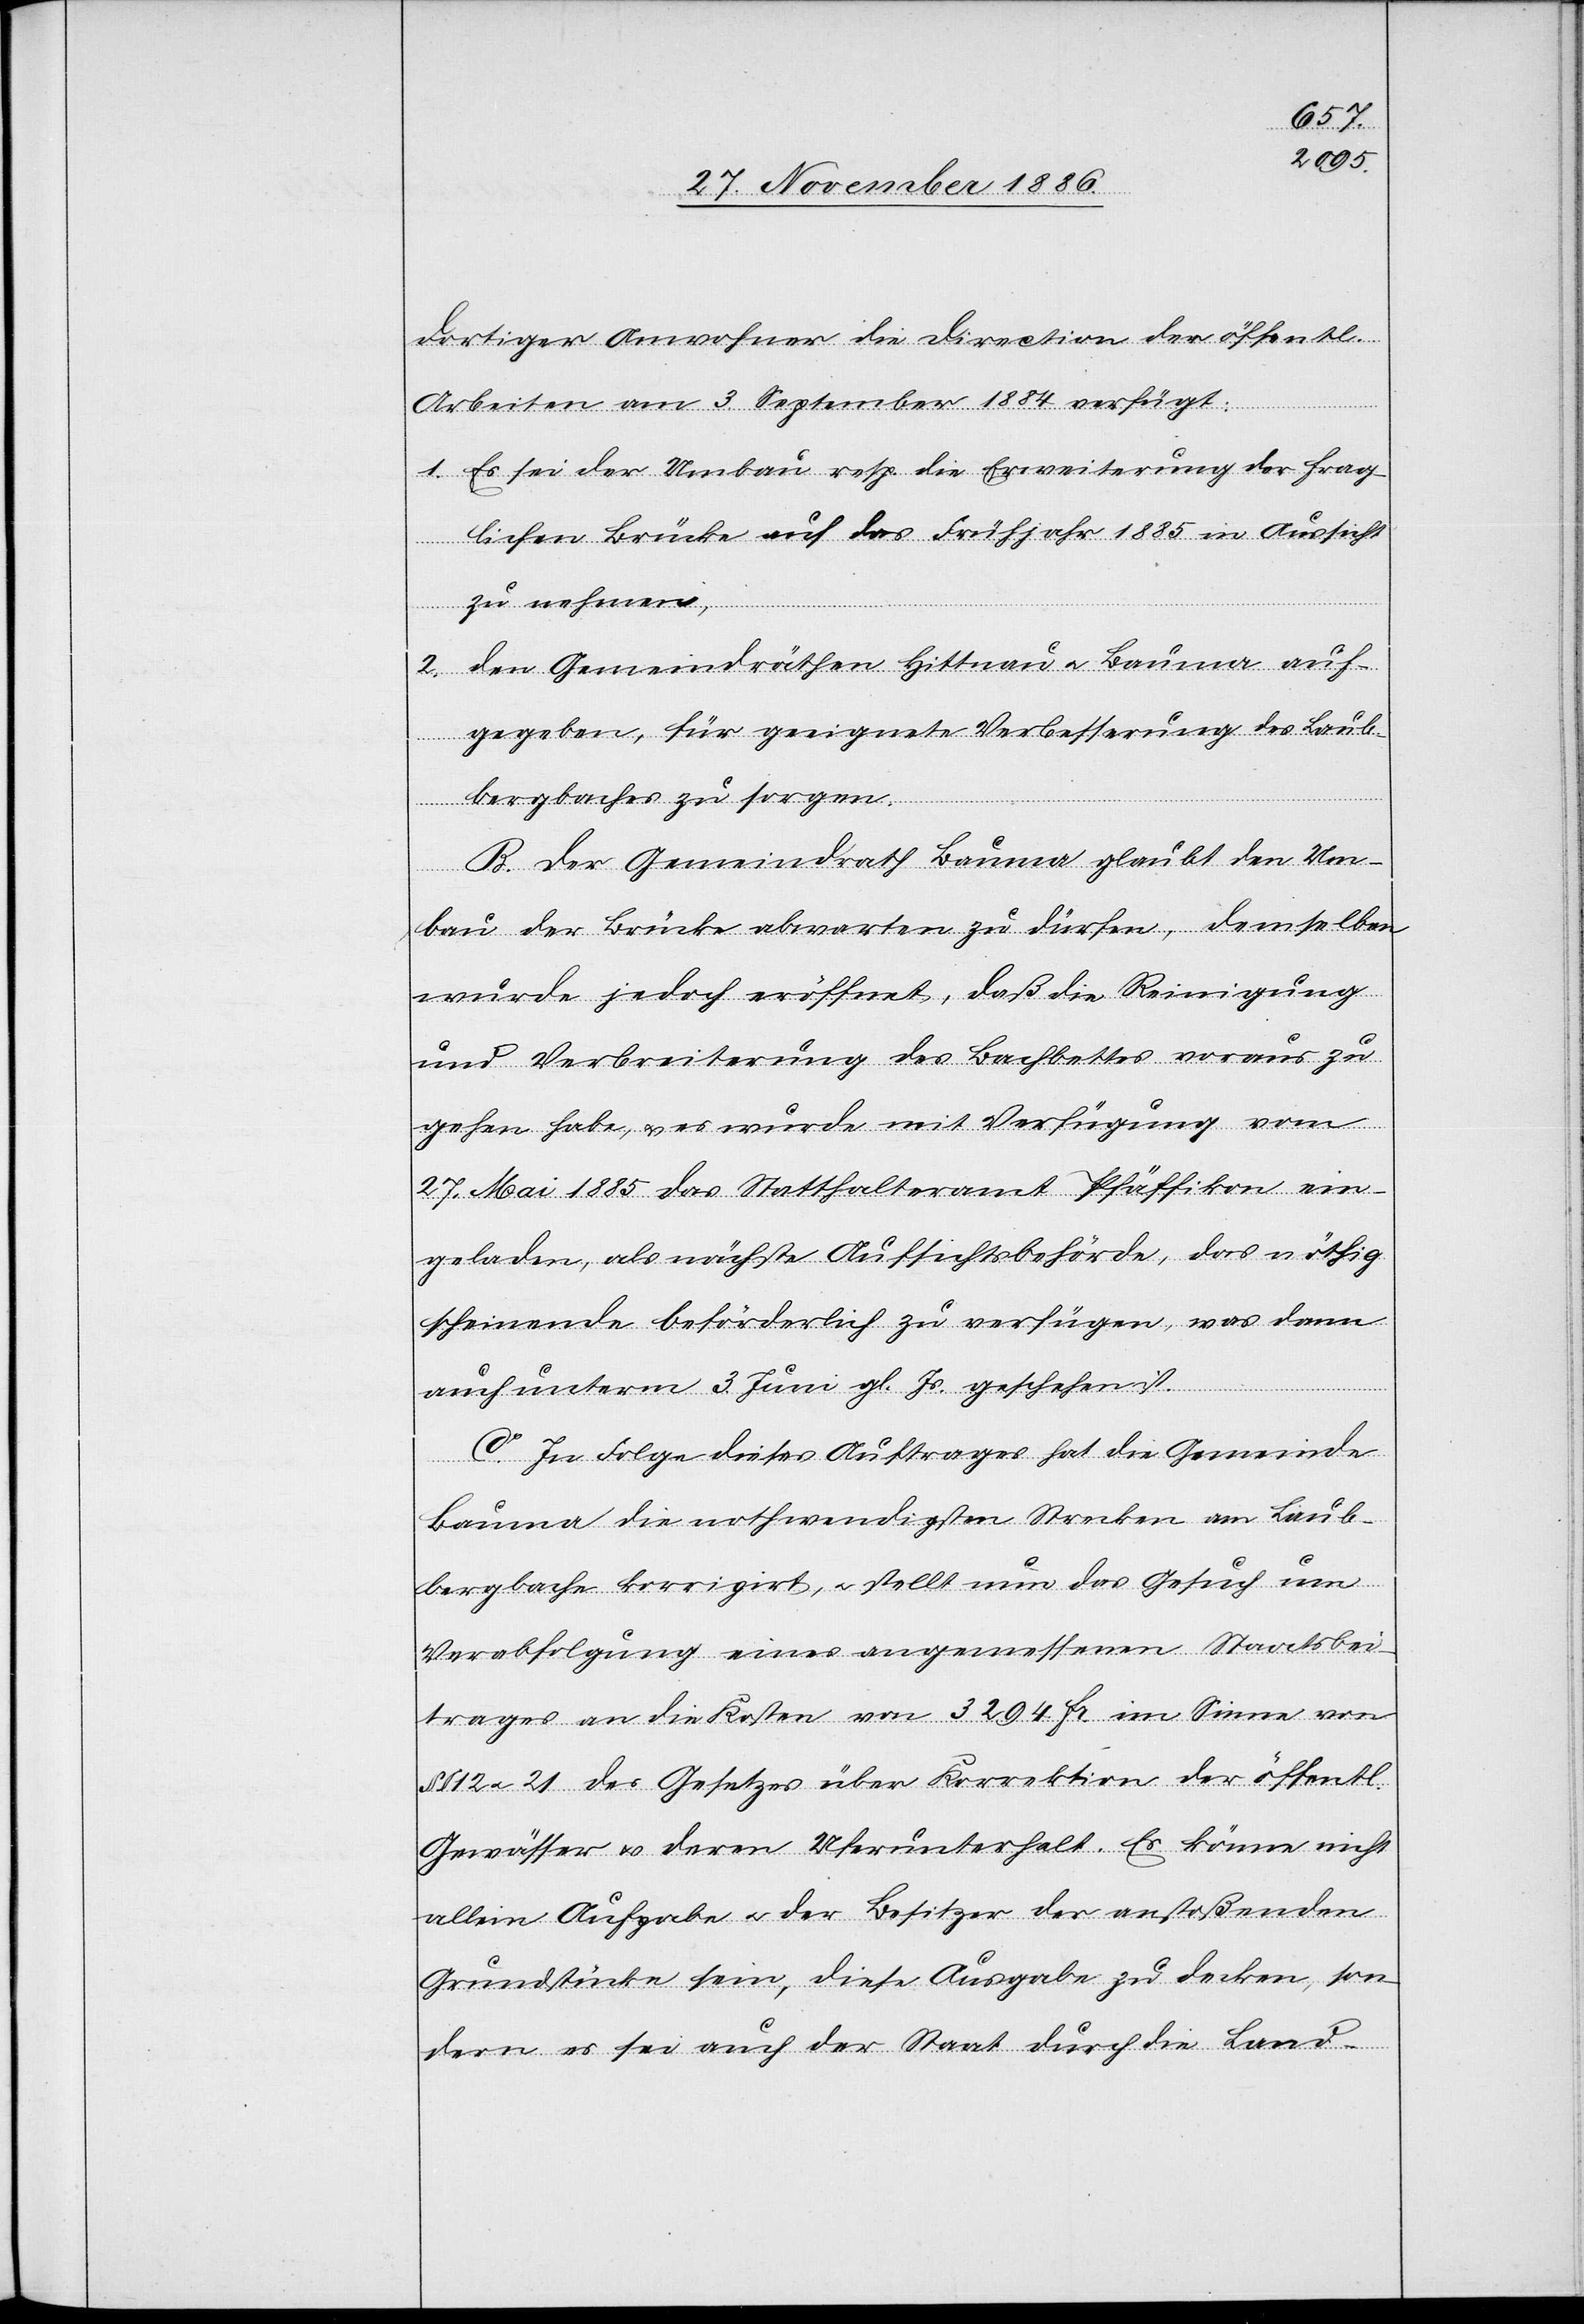
dortiger Anwohner die Direction der öffentl.
Arbeiten am 3. September 1884 verfügt
1. Es sei der Umbau resp. die Erweiterung der frag¬
lichen Brücke auf das Frühjahr 1885 in Aussicht
zu nehmen,
2. den Gemeindräthen Hittnau & Bauma auf¬
gegeben, für geeignete Verbesserung des Laub¬
bergbaches zu sorgen.
B. Der Gemeindrath Bauma glaubt den Um¬
bau der Brücke abwarten zu dürfen, demselben
wurde jedoch eröffnet, daß die Reinigung
und Verbreiterung des Bachbettes voraus zu
gehen habe, & es wurde mit Verfügung vom
27. Mai 1885 das Statthalteramt Pfäffikon ein¬
geladen, als nächste Aufsichtsbehörde, das nöthig
scheinende beförderlich zu verfügen, was dann
auch unterm 3. Juni gl. Js. geschehen ist.
C. In Folge dieses Auftrages hat die Gemeinde
Bauma die nothwendigsten Strecken am Laub¬
bergbache korrigirt, & stellt nun das Gesuch um
Verabfolgung eines angemessenen Staatsbei¬
trages an die Kosten von 3294 Fr. im Sinne von
§§ 12 & 21 des Gesetzes über Korrektion der öffentl.
Gewässer & deren Uferunterhalt. Es könne nicht
allein Aufgabe & der Besitzer der anstoßenden
Grundstücke sein, diese Ausgabe zu decken, son¬
dern es sei auch der Staat durch die Land-